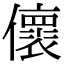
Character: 𠐦